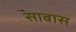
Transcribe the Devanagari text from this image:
साबास